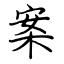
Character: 案